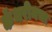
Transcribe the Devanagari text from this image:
कॅथरीनचा